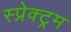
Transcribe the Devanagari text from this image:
स्प्रेक्ट्रम